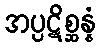
အပ္ပဋိစ္ဆန္နံ